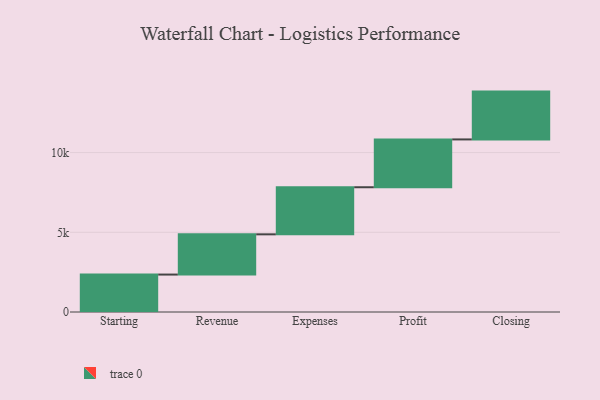
{"axis": {"x": "Step", "y": "Value"}, "legend": [""], "data": [{"x": "Starting", "y": 2349.0, "type": ""}, {"x": "Revenue", "y": 2524.0, "type": ""}, {"x": "Expenses", "y": 2954.0, "type": ""}, {"x": "Profit", "y": 3000, "type": ""}, {"x": "Closing", "y": 3000, "type": ""}]}